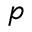
p